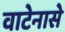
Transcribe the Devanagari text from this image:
वाटेनासे